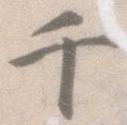
千